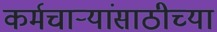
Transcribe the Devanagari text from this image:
कर्मचार्‍यांसाठीच्या